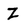
Character: Z